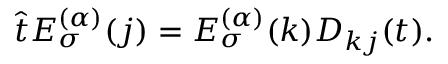
\hat { t } E _ { \sigma } ^ { ( \alpha ) } ( j ) = E _ { \sigma } ^ { ( \alpha ) } ( k ) D _ { k j } ( t ) .